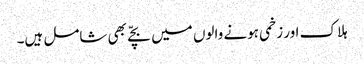
ہلاک اور زخمی ہونے والوں میں بچّے بھی شامل ہیں۔